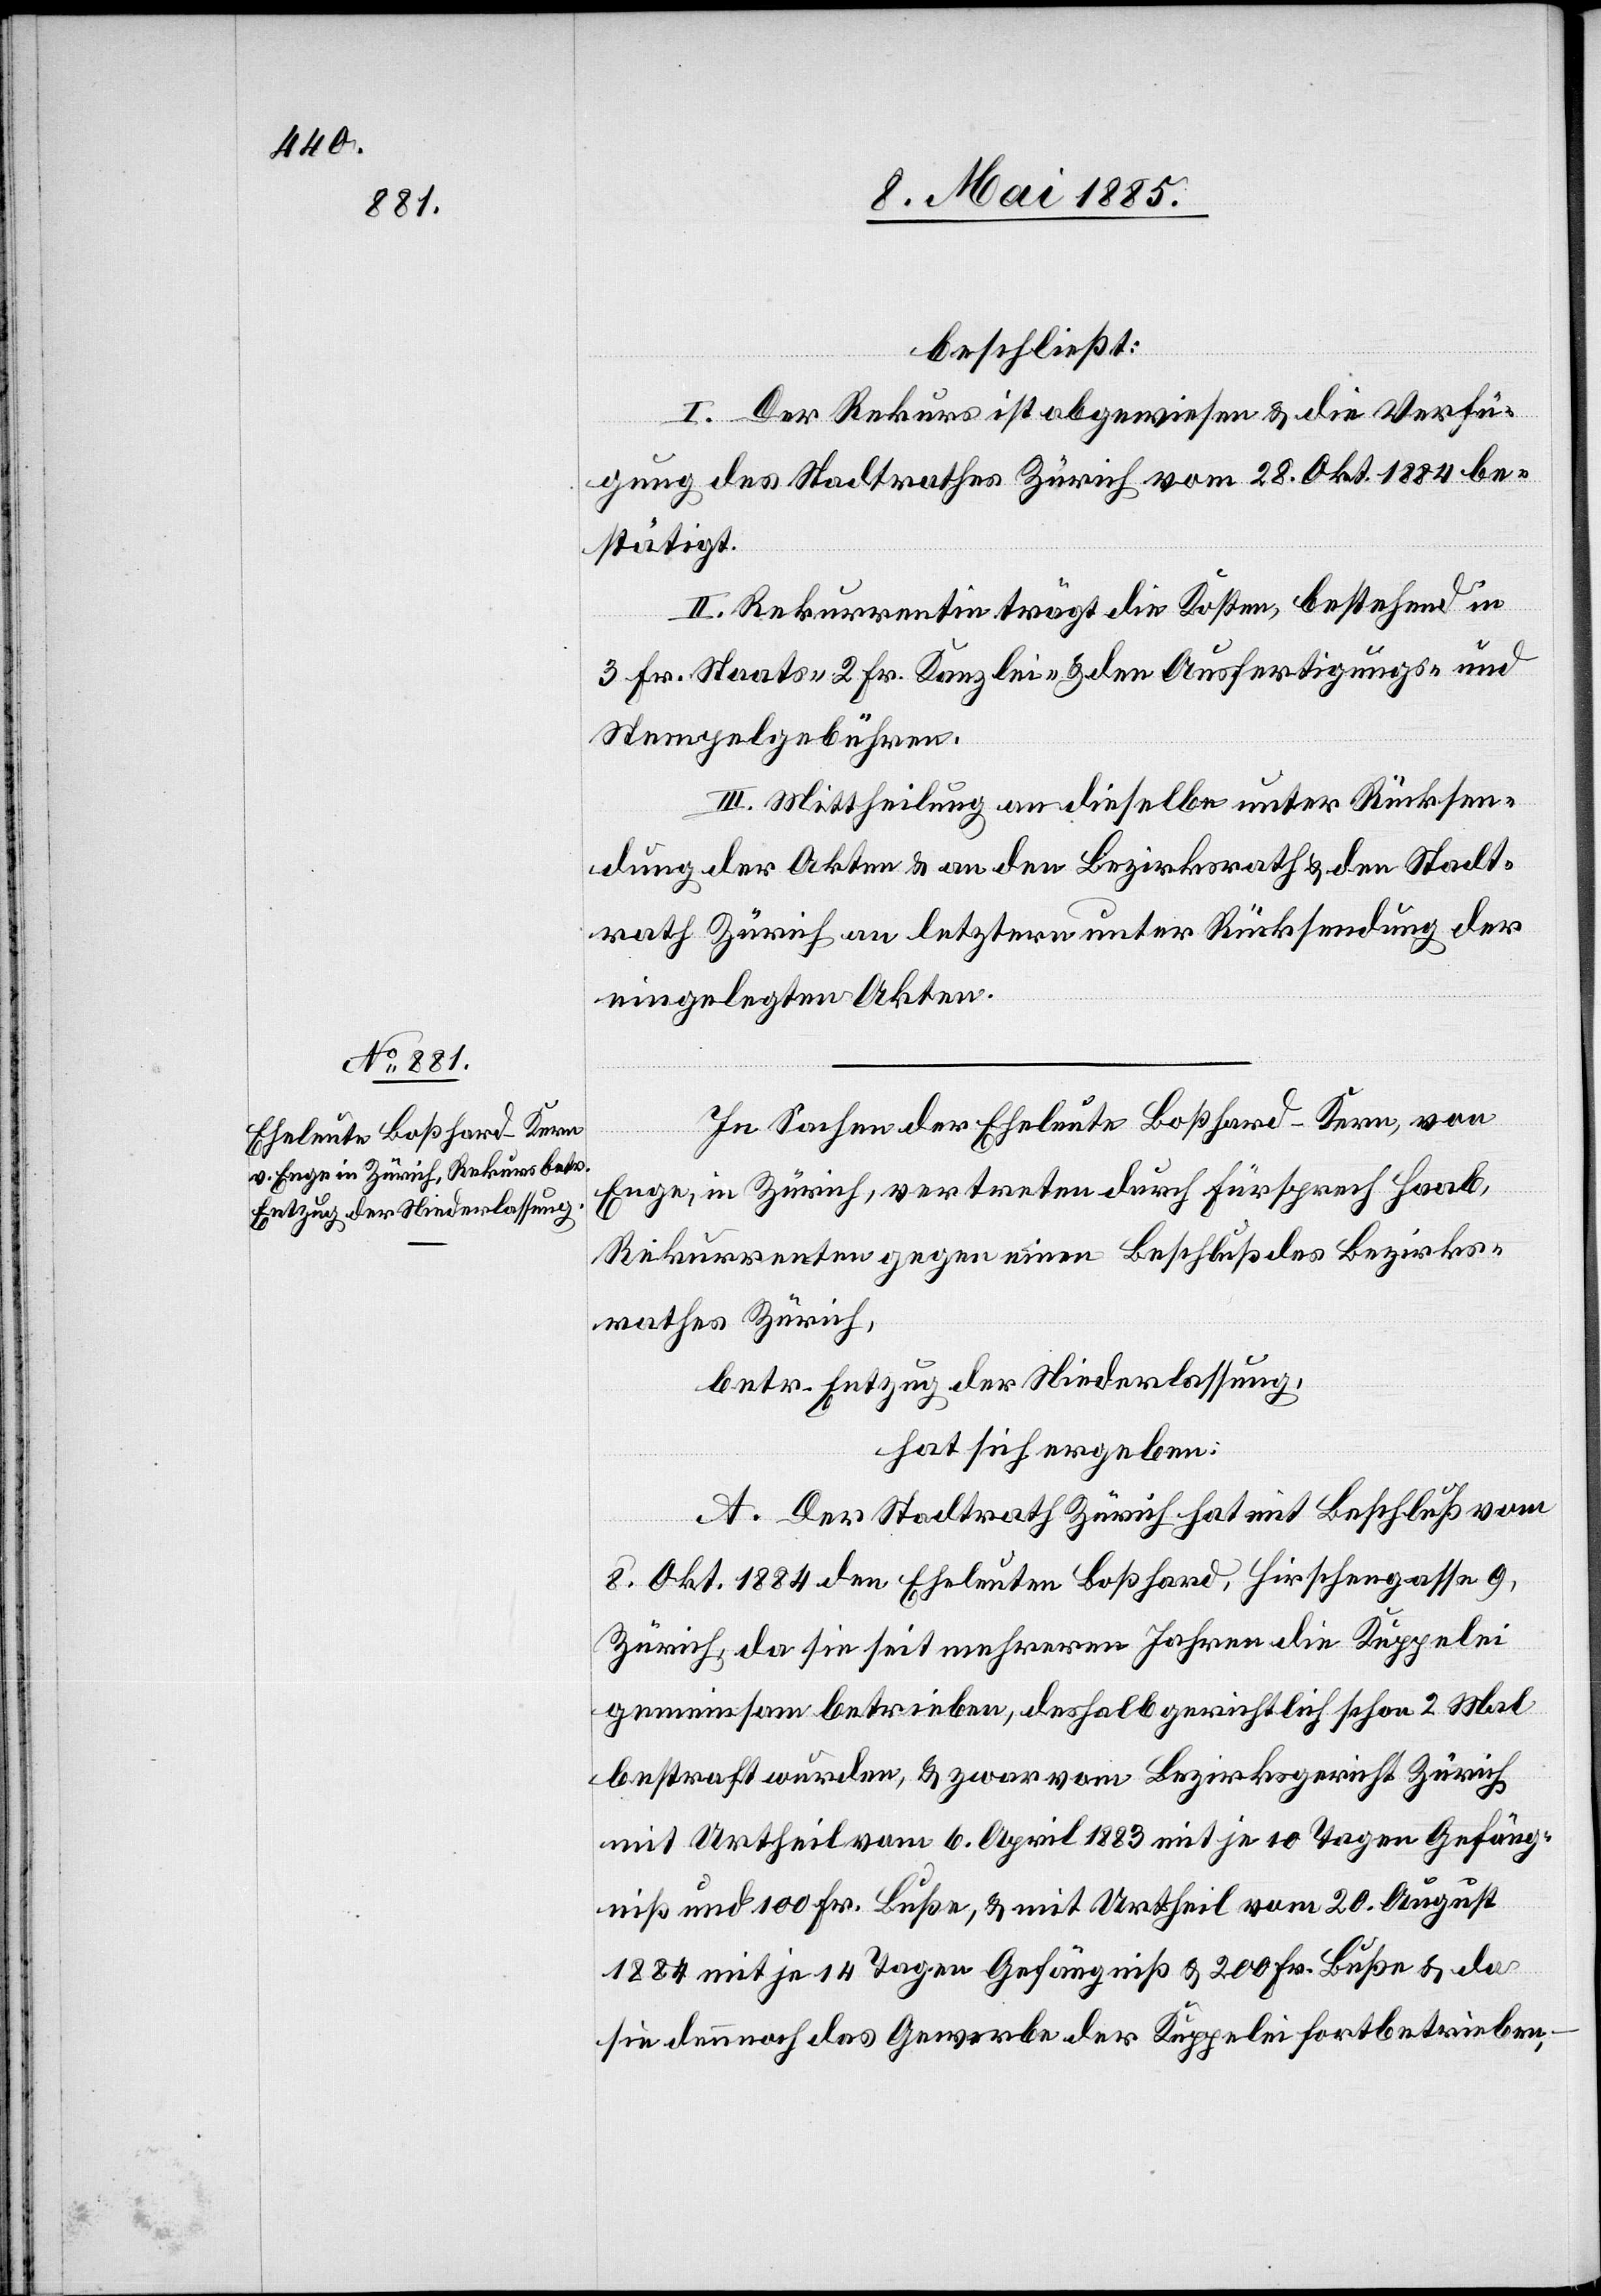
beschließt:
I. Der Rekurs ist abgewiesen & die Verfü¬
gung des Stadtrathes Zürich vom 28. Okt. 1884 be¬
stätigt.
II. Rekurrentin trägt die Kosten, bestehend in
3 Fr. Staats-[,] 2 Fr. Kanzlei- & den Ausfertigungs- und
Stempelgebühren.
III. Mittheilung an dieselbe unter Rücksen¬
dung der Akten & an den Bezirksrath & den Stadt¬
rath Zürich an letztern unter Rücksendung der
eingelegten Akten.
In Sachen der Eheleute Boßhard-Kern, von
Enge, in Zürich, vertreten durch Fürsprech Haab,
Rekurrenten gegen einen Beschluß des Bezirks¬
rathes Zürich,
betr. Entzug der Niederlassung,
hat sich ergeben:
A. Der Stadtrath Zürich hat mit Beschluß vom
8. Okt. 1884 den Eheleuten Boßhard, Hirschengasse 9,
Zürich, da sie seit mehreren Jahren die Kuppelei
gemeinsam betrieben, deshalb gerichtlich schon 2 Mal
bestraft wurden, & zwar vom Bezirksgericht Zürich
mit Urtheil vom 6. April 1883 mit je 10 Tagen Gefäng¬
niß und 100 Fr. Buße, & mit Urtheil vom 20. August
1884 mit je 14 Tagen Gefängniß & 20 Fr. Buße & da
sie dennoch das Gewerbe der Kuppelei fortbetrieben,